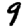
Digit: 9